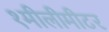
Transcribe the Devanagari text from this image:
१मीलीमीटर